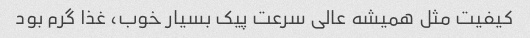
کیفیت مثل همیشه عالی سرعت پیک بسیار خوب، غذا گرم بود